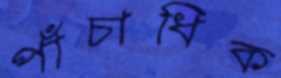
পাঁচাধিক